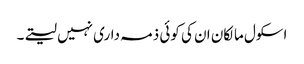
اسکول مالکان ان کی کوئی ذمہ داری نہیں لیتے۔